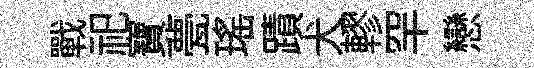
戰祀寶甍瑶蹟犬轇罕戀